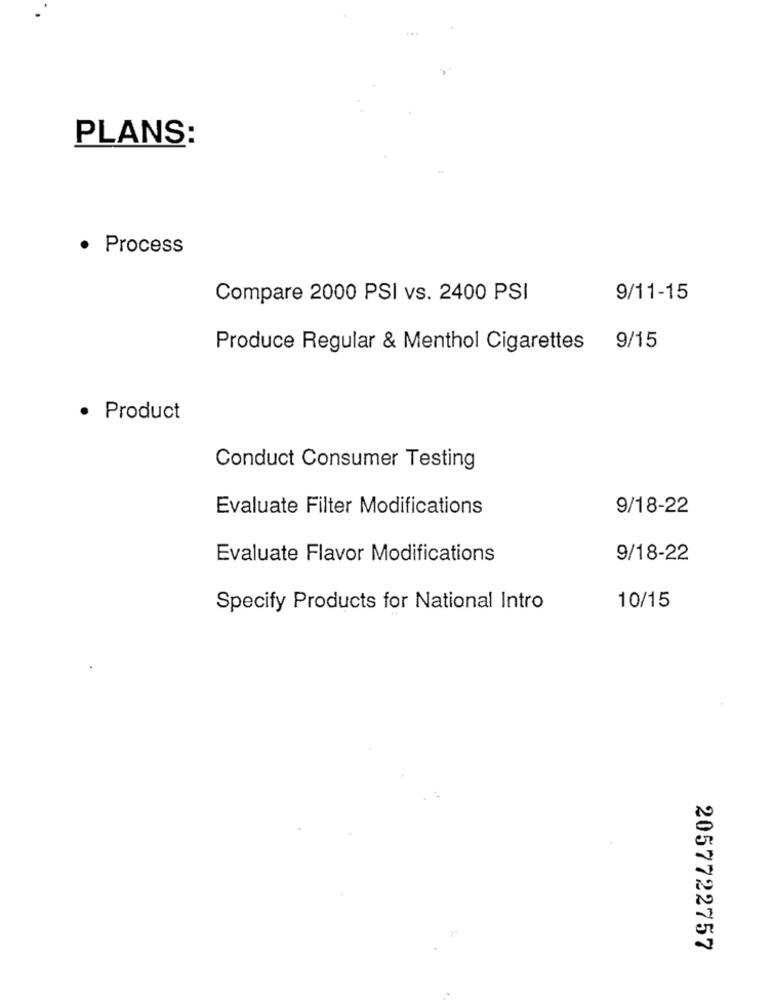
PLANS:
· Process
Compare 2000 PSI vs. 2400 PSI
9/11-15
Produce Regular & Menthol Cigarettes 9/15
Product
Conduct Consumer Testing
Evaluate Filter Modifications
9/18-22
Evaluate Flavor Modifications
9/18-22
Specify Products for National Intro
10/15
2057722757